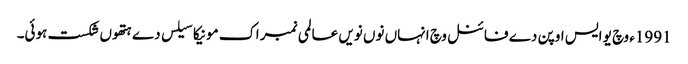
1991ء وچ یو ایس اوپن دے فائنل وچ انہاں نو‏ں نویں عالمی نمبر اک مونیکا سیلس دے ہتھو‏ں شکست ہوئی۔